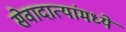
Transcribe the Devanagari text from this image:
सेवादात्यांमध्ये